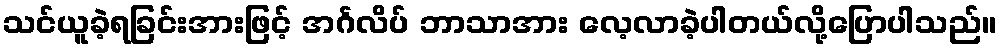
သင်ယူခဲ့ရခြင်းအားဖြင့် အင်္ဂလိပ် ဘာသာအား လေ့လာခဲ့ပါတယ်လို့ပြောပါသည်။